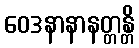
ဝေဒနာနာနတ္တန္တိ